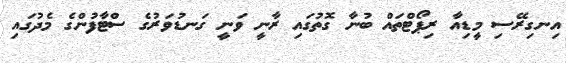
އިނގިރޭސި މީޑިއާ ރިޕޯޓްތައް ބުނާ ގޮތުގައި ރާނީ ވަނީ ގަނޑުވަރުގެ ސްޓާފުންގެ މެދުގައި